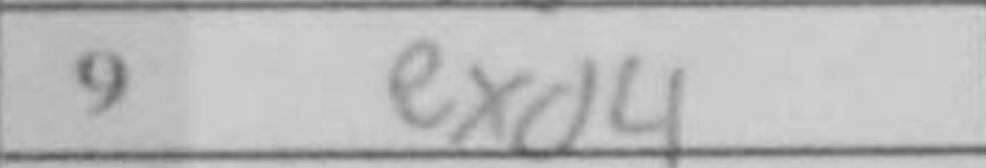
Transcription: exd4